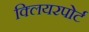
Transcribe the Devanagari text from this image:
क्लियरपोर्ट